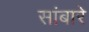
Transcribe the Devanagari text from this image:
सांबारे